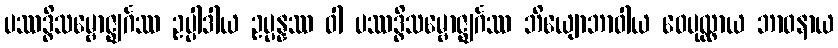
ပဿဒ္ဓိသမ္ဗောဇ္ဈင်္ဂဿ ဥပ္ပါဒါယ ဥပ္ပန္နဿ ဝါ ပဿဒ္ဓိသမ္ဗောဇ္ဈင်္ဂဿ ဘိယျောဘာဝါယ ဝေပုလ္လာယ ဘာဝနာယ